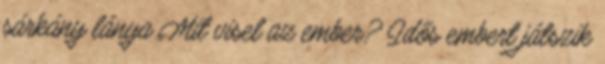
sárkány lánya Mit visel az ember? Idős embert játszik